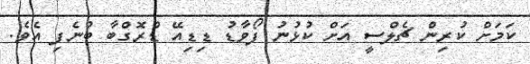
ކަމަށް ކުރިން ޗެލްސީ އަށް ކުޅުނު ފޯވާޑު ޑިޑިއޭ ޑްރޮގްބާ ބުނެފި އެވެ.